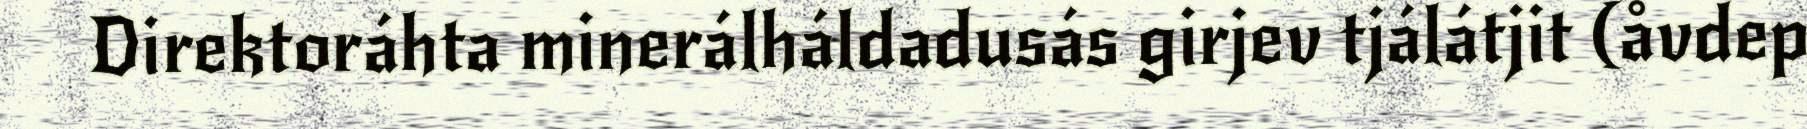
Direktoráhta minerálháldadusás girjev tjálátjit (åvdep